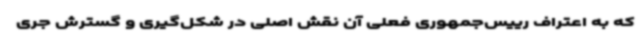
که به اعتراف رییس‌جمهوری فعلی آن نقش اصلی در شکل‌گیری و گسترش جری